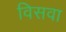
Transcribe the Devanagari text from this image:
विसवा